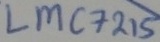
Text: LMC7215